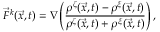
\vec { F } ^ { k } ( \vec { x } , t ) = \nabla \left( \frac { \rho ^ { \zeta } ( \vec { x } , t ) - \rho ^ { \xi } ( \vec { x } , t ) } { \rho ^ { \zeta } ( \vec { x } , t ) + \rho ^ { \xi } ( \vec { x } , t ) } \right) ,